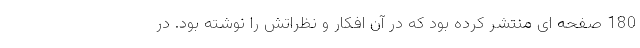
180 صفحه ای منتشر کرده بود که در آن افکار و نظراتش را نوشته بود. در